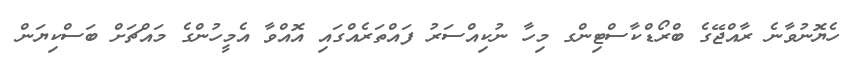
ހެޔޮނުވާނެ ރާއްޖޭގެ ބްރޯޑްކާސްޓިންގ މިހާ ނުކިއްސަރު ފައްތަރެއްގައި އޮއްވާ އެމީހުންގެ މައްޗަށް ބަސްކިޔަން